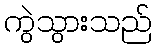
ကွဲသွားသည်